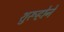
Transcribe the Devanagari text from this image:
शुरूहोने